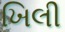
ખિલી